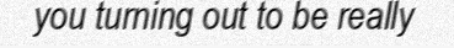
you turning out to be really